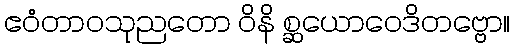
ဧဝံတာဝသုညတော ဝိနိ စ္ဆယောဝေဒိတဗ္ဗော။